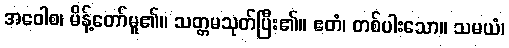
အဝေါစ၊ မိန့်တော်မူ၏။ သတ္တမသုတ်ပြီး၏။ ဧတံ၊ တစ်ပါးသော။ သမယံ၊